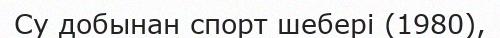
Су добынан спорт шебері (1980),